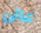
عالى